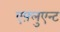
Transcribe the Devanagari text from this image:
एफ़्लुएन्ट